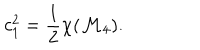
c _ { 1 } ^ { 2 } = \frac { 1 } { 2 } \chi ( { \cal M } _ { 4 } ) .